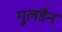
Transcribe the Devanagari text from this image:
गुलडैन